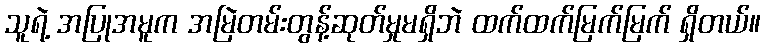
သူရဲ့ အပြုအမူက အမြဲတမ်းတွန့်ဆုတ်မှုမရှိဘဲ ထက်ထက်မြက်မြက် ရှိတယ်။